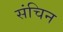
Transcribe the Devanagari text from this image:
संचिन